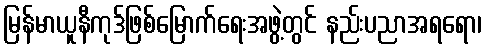
မြန်မာယူနီကုဒ်ဖြစ်မြောက်ရေးအဖွဲ့တွင် နည်းပညာအရရော၊